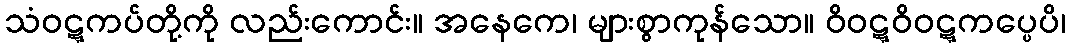
သံဝဋ္ဋကပ်တို့ကို လည်းကောင်း။ အနေကေ၊ များစွာကုန်သော။ ဝိဝဋ္ဋဝိဝဋ္ဋကပ္ပေပိ၊